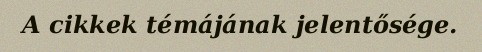
A cikkek témájának jelentősége.